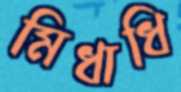
মিধাধি